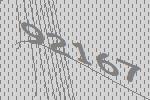
92167